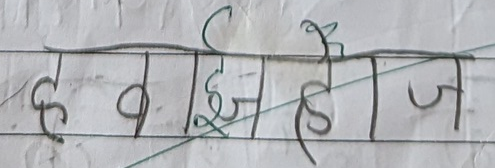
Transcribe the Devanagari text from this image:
हवझहीहोज